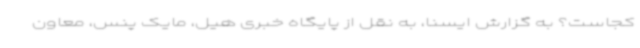
کجاست؟ به گزارش ایسنا، به نقل از پایگاه خبری هیل، مایک پنس، معاون